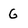
Character: G